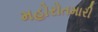
મહોરોતમારી